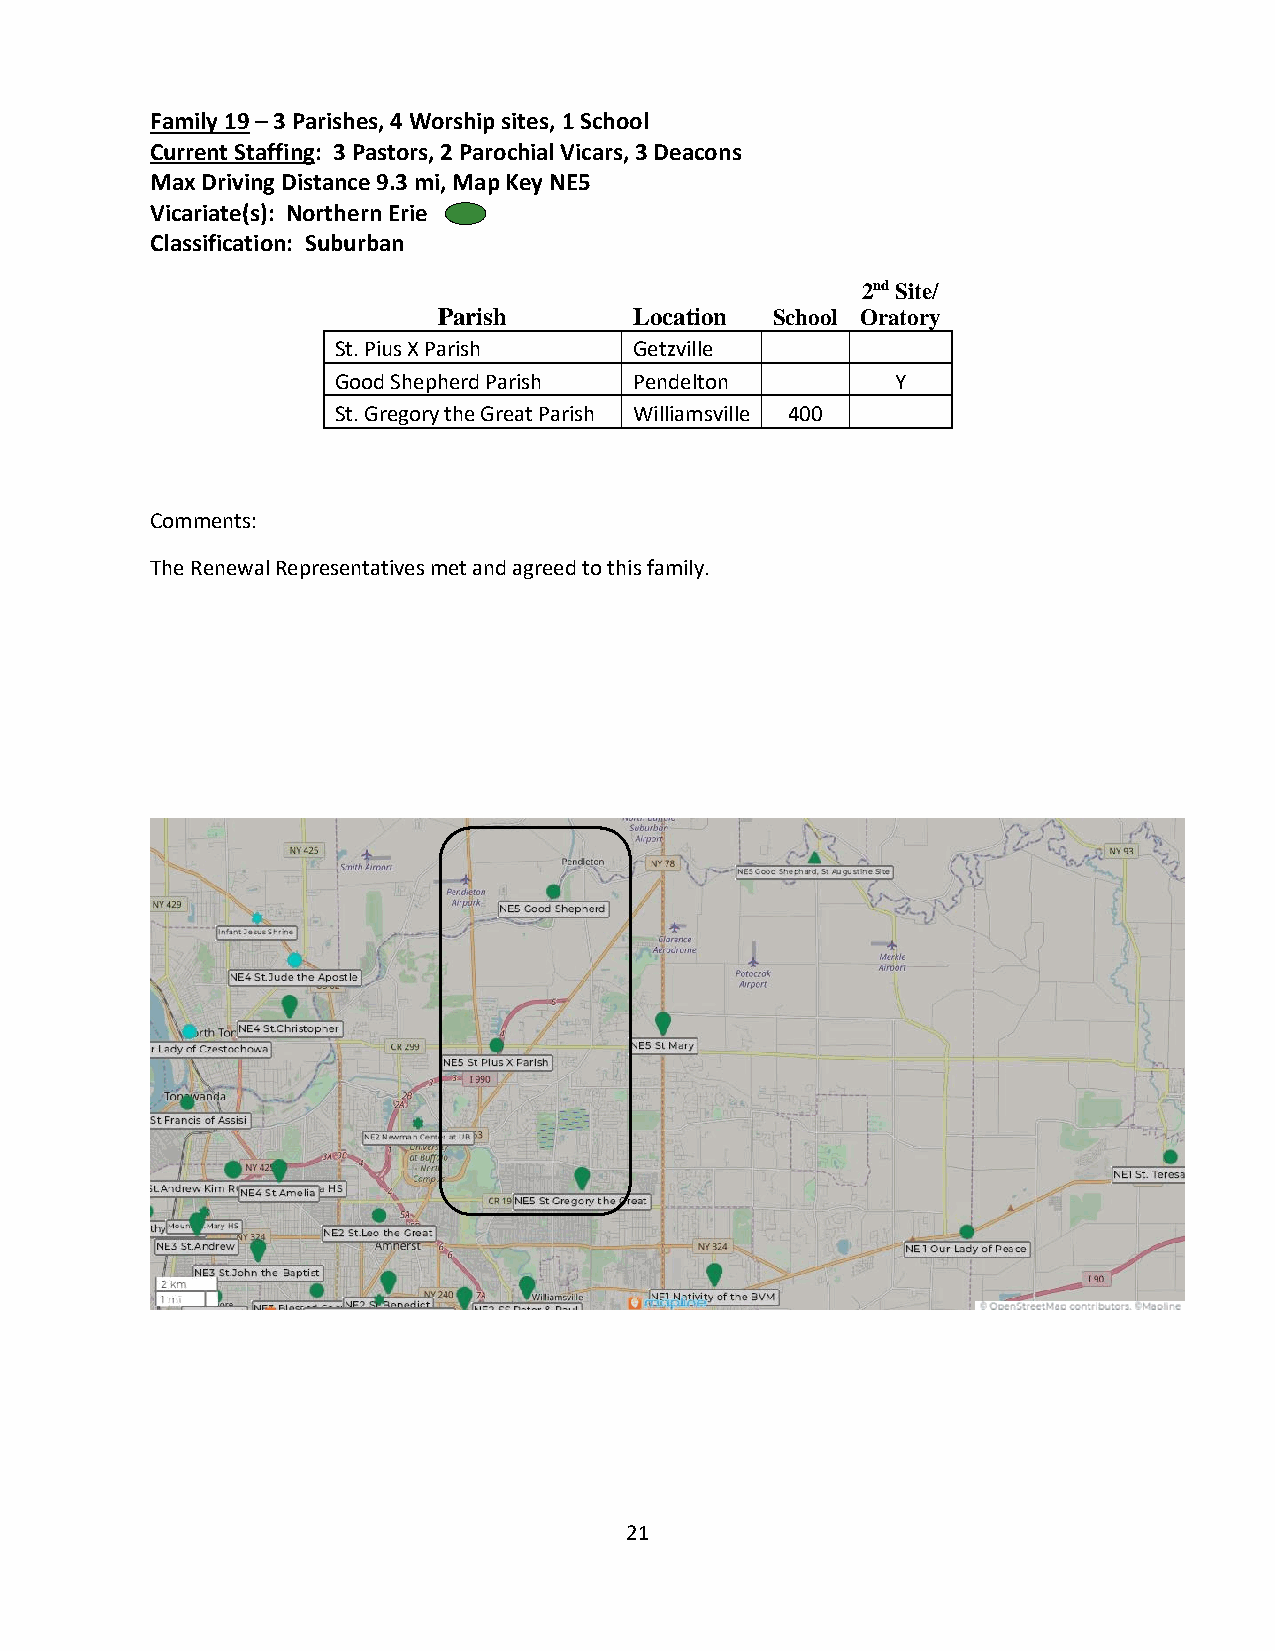
Family 19 – 3 Parishes, 4 Worship sites, 1 School
 Current Staffing: 3 Pastors, 2 Parochial Vicars, 3 Deacons
 Max Driving Distance 9.3 mi, Map Key NE5
 Vicariate(s): Northern Erie
 Classification: Suburban
 2nd Site/
 Parish       Location School Oratory
 St. Pius X Parish   Getzville
 Good Shepherd Parish Pendelton       Y
 St. Gregory the Great Parish Williamsville 400
 Comments:
 The Renewal Representatives met and agreed to this family.
 21